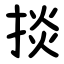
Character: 掞